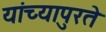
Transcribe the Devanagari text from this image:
यांच्यापुरते